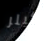
كيلر